Code of medical and sanitary regulations for the guidance of medical officers serving in the Madras Presidency - Volume II
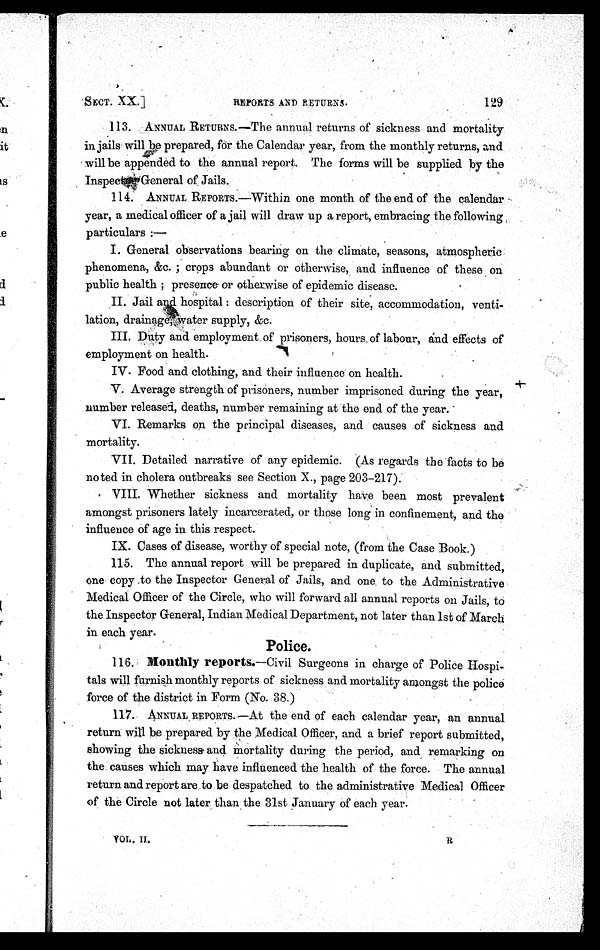
SECT. XX.]
REPORTS AND RETURNS.
129
113. ANNUAL RETURNS.—The annual returns of sickness and mortality
in jails will be prepared, for the Calendar year, from the monthly returns, and
will be appended to the annual report. The forms will be supplied by the
Inspecter General of Jails.
114. ANNUAL REPORTS.—Within one month of the end of the calendar,
year, a medical officer of a jail will draw up a report, embracing the following
particulars :—
I. General observations bearing on the climate, seasons, atmospheric
phenomena, &c. ; crops abundant or otherwise, and influence of these on.
public health presence or otherwise of epidemic disease.
II. Jail and hospital : description of their site, accommodation, venti-
lation, drainage water supply, &c.
III. Duty and employment of prisoners, hours. of labour, and effects of
employment on health.
IV. Food and clothing, and their influence on health.
V. Average strength of prisoners, number imprisoned during the year,
number released, deaths, number remaining at the end of the year.
VI. Remarks on the principal diseases, and causes of sickness and
mortality.
VII. Detailed narrative of any epidemic. (As regards the facts to be
noted in cholera outbreaks see Section X., page 203—217)
.
VIII. Whether sickness and mortality have been most prevalent
amongst prisoners lately incarcerated, or those long in confinement, and the
influence of age in this respect.
IX. Cases of disease, worthy of special note, (from the Case Book.)
115. The annual report will be prepared in duplicate, and submitted,
one copy to the Inspector General of Jails, and one to the Administrative
Medical Officer of the Circle, who will forward all annual reports on Jails, to
the Inspector General, Indian Medical Department, not later than 1st of March
in each year.
Police.
116. Monthly reports .—Civil Surgeons in charge of Police Hospi
-tals will furnish monthly reports of sickness and mortality amongst the police
force of the district in Form (No. 38.)
117. ANNUAL REPORTS.—At the end of each calendar year, an annual
return will be prepared by the Medical Officer, and a brief report submitted,
showing the sickness and Mortality during the period, and remarking on
the causes which may have influenced the health of the force. The annual
return and report are to be despatched to the administrative Medical Officer
of the Circle not later than the 31st January of each year.
V O L . I I .
R